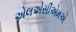
એલએસીએમએ